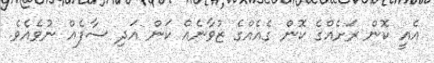
އެއީ ކޮން ރަށެއްގެ ކޮން ގެއެއްގެ ޒުވާނެއް ކަން އަދި ސާފެއް ނުވެއެވެ.